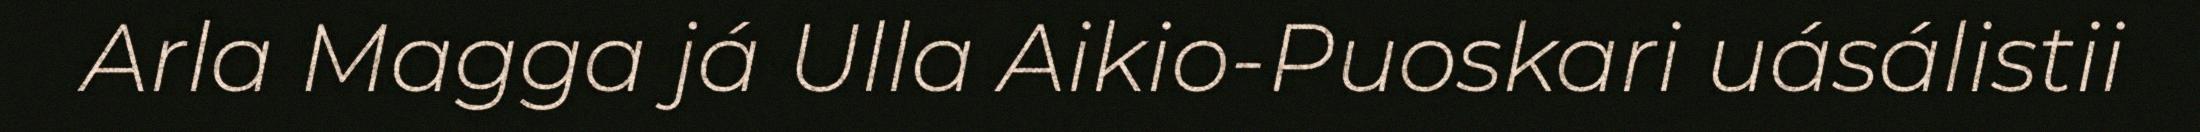
Arla Magga já Ulla Aikio-Puoskari uásálistii